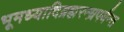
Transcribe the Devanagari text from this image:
भूमध्यादिब्रह्मरन्ध्रपर्यन्त